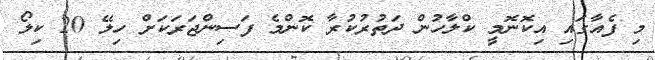
މި ފެެއާގައި އިކޮނޮމީ ކްލާހުން ދަތުރުކުރާ ކޮންމެ ފަސިންޖަރަކަށް ހިލޭ 20 ކިލޯ